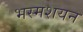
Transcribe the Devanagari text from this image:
भस्मशयन